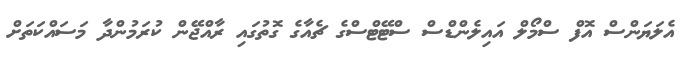
އެލަޔަންސް އޮފް ސްމޯލް އައިލެންޑްސް ސްޓޭޓްސްގެ ޗެއާގެ ގޮތުގައި ރާއްޖޭން ކުރަމުންދާ މަސައްކަތަށް